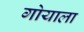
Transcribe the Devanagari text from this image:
गोयाला